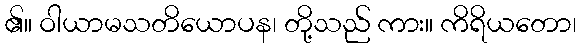
၏။ ဝါယာမသတိယောပန၊ တို့သည် ကား။ ကိရိယတော၊